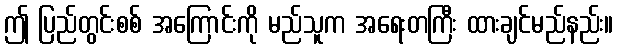
ဤ ပြည်တွင်းစစ် အကြောင်းကို မည်သူက အရေးတကြီး ထားချင်မည်နည်း။